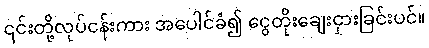
၎င်းတို့လုပ်ငန်းကား အပေါင်ခံ၍ ငွေတိုးချေးငှားခြင်းပင်။